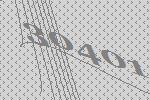
30401